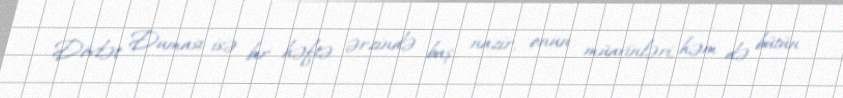
Dövlət Duması isə bir həftə ərzində baş nazir, onun müavinləri, həm də bütün